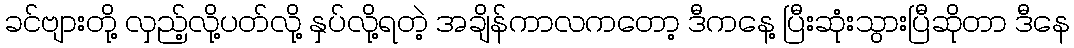
ခင်ဗျားတို့ လှည့်လို့ပတ်လို့ နှပ်လို့ရတဲ့ အချိန်ကာလကတော့ ဒီကနေ့ ပြီးဆုံးသွားပြီဆိုတာ ဒီနေ